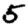
Digit: 5